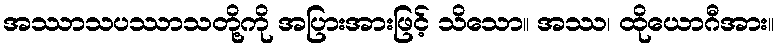
အဿာသပဿာသတို့ကို အပြားအားဖြင့် သိသော။ အဿ၊ ထိုယောဂီအား။